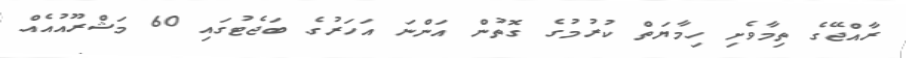
ރާއްޖޭގެ ތިމާވެށި ހިމާޔަތް ކުރުމުގެ ގޮތުން އަންނަ އަހަރުގެ ބަޖެޓުގައި 60 މަޝްރޫއުއެއް